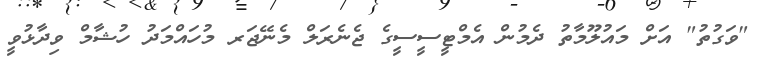
"ވަގުތު" އަށް މައުލޫމާތު ދެމުން އެމްޓީސީސީގެ ޖެނެރަލް މެނޭޖަރ މުހައްމަދު ހުޝާމް ވިދާޅުވީ